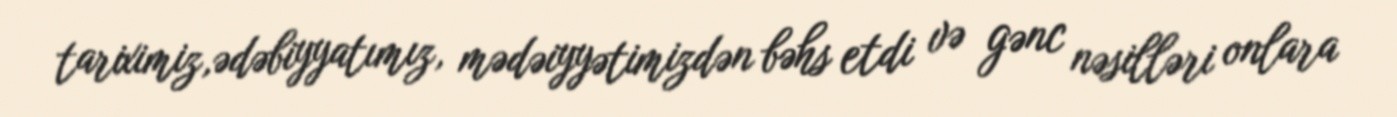
tariximiz,ədəbiyyatımız, mədəiyyətimizdən bəhs etdi və gənc nəsilləri onlara